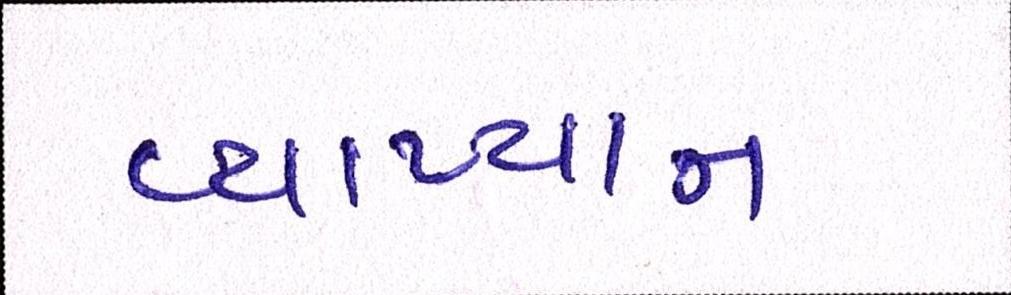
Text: વ્યાખ્યાન